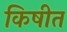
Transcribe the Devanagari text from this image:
किषीत